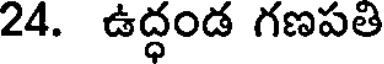
24. ఉద్ధండ గణపతి